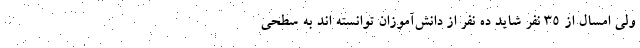
ولی امسال از ۳۵ نفر شاید ده نفر از دانش‌آموزان توانسته اند به سطحی